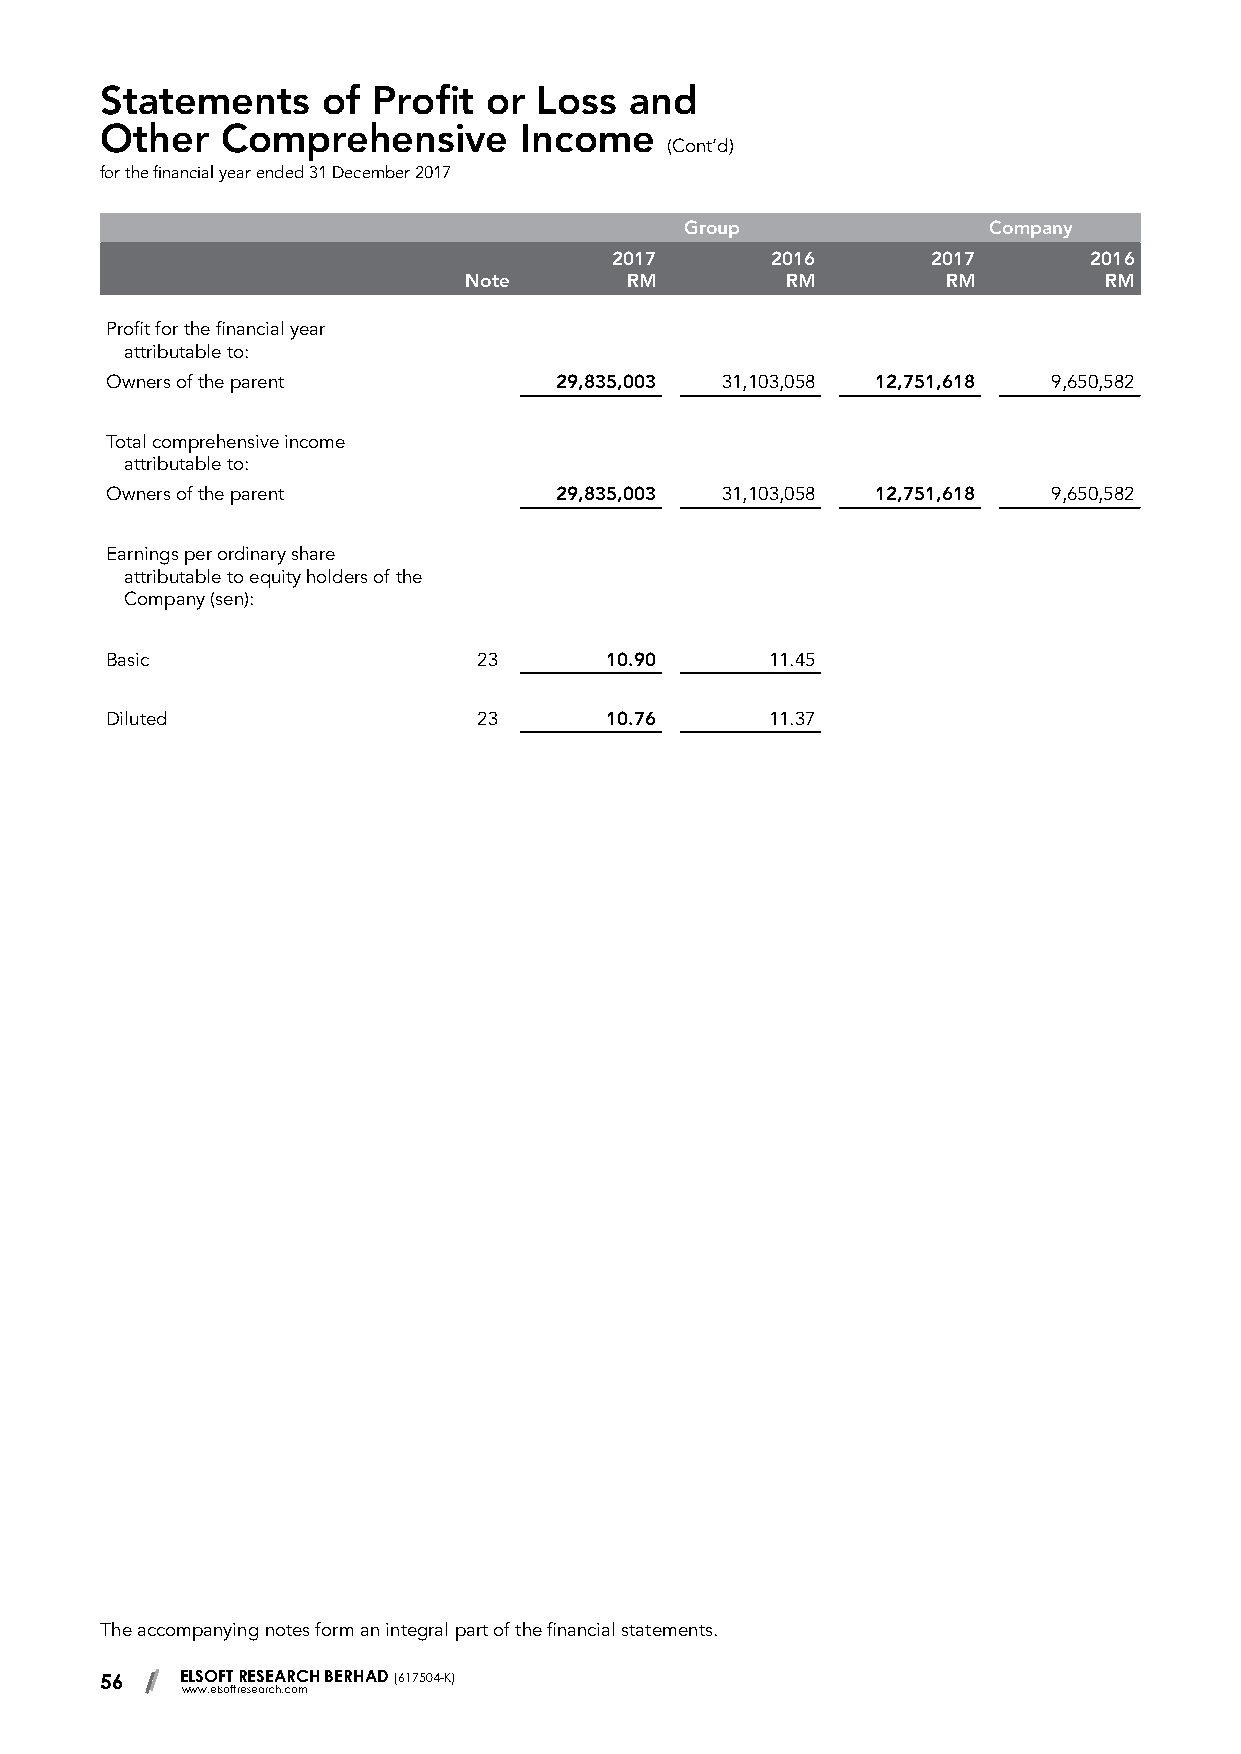
Statements    of  Profit or  Loss  and
 Other   Comprehensive      Income
 (Cont’d)
 for the financial year ended 31 December 2017
 Group               Company
 2017       2016       2017      2016
 Note      RM         RM         RM        RM
 Profit for the financial year
 attributable to:
 Owners of the parent          29,835,003 31,103,058 12,751,618 9,650,582
 Total comprehensive income
 attributable to:
 Owners of the parent          29,835,003 31,103,058 12,751,618 9,650,582
 Earnings per ordinary share
 attributable to equity holders of the
 Company (sen):
 Basic                    23      10.90      11.45
 Diluted                  23      10.76      11.37
 The accompanying notes form an integral part of the financial statements.
 56   ELSOFT RESEARCH BERHAD (617504-K)
 www.elsoftresearch.com